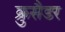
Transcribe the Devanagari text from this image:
क्रुसैडर